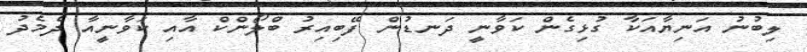
ލިބުނު އަނިޔާއަކާ ގުޅިގެން ކަވާނީ ދަނޑުން ފޭބިއިރު ބްލޯންކް އާއި ކަވާނީއާ ދެމެދު